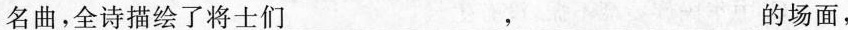
名曲，全诗描绘了将士们___,___的场面